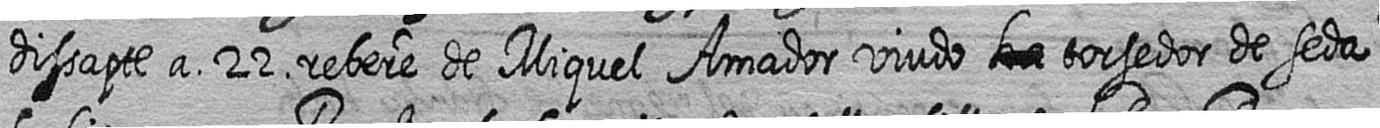
dissapte a 22 rebere de Miquel Amador viudo # torsedor de seda